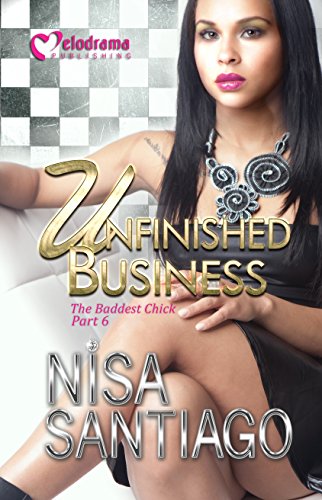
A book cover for Unfinished Business - The Baddest Chick 6; Nisa Santiago; Literature & Fiction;